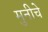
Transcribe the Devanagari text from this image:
मुनीचे